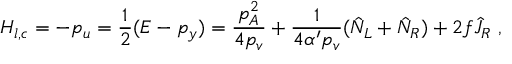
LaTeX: H _ { l , c } = - p _ { u } = \frac { 1 } { 2 } ( E - p _ { y } ) = \frac { p _ { A } ^ { 2 } } { 4 p _ { v } } + \frac { 1 } { 4 \alpha ^ { \prime } p _ { v } } ( \hat { N } _ { L } + \hat { N } _ { R } ) + 2 f \hat { J } _ { R } ~ ,